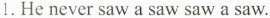
1. He never saw a saw saw a saw.